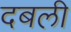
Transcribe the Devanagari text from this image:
दबली